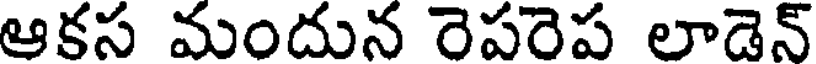
ఆకస మందున రెపరెప లాడెన్